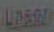
Laser